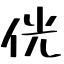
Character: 侊